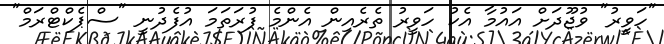
"ހަވީރު" ވުޖޫދަށް އައުމާ އެކު ހަވީރު ތެރެއިން އެންމެ ފުރަތަމަ އުފެދުނީ "ސްޕެކްޓްރަމް"